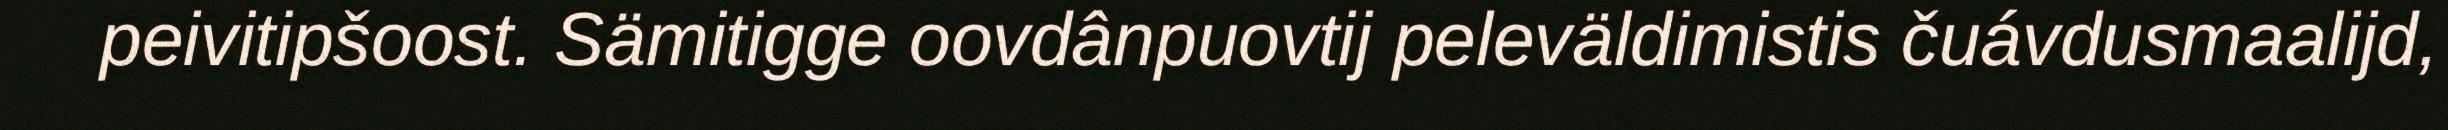
peivitipšoost. Sämitigge oovdânpuovtij peleväldimistis čuávdusmaalijd,